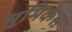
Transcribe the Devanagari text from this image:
भूमिकेस